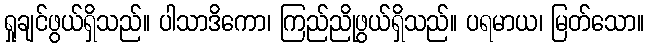
ရှုချင်ဖွယ်ရှိသည်။ ပါသာဒိကော၊ ကြည်ညိုဖွယ်ရှိသည်။ ပရမာယ၊ မြတ်သော။